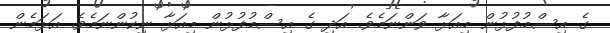
ގެ އިސްމުފުޅުން މިއަޅާ ވަންނަމެވެ. އަދި ގެ އިސްމުފުޅުން މިއަޅާ ނިކުންނަމެވެ. އަޅަމެން